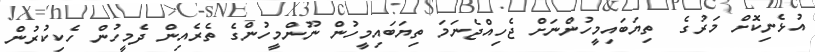
އުޅެނިކޮށް މަރުގެ  ތިޔަބައިމީހުންނަށް ޖެހިއްޖެނަމަ ތިޔަބައިމީހުން ނޫންމީހުންގެ ތެރެއިން ދެމީހުން ހެކިކުރުން